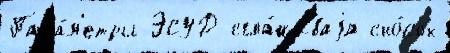
Пара́м'етры ЭСУД сгла́живаjа сно́сок